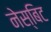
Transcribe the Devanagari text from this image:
नेस्बिट